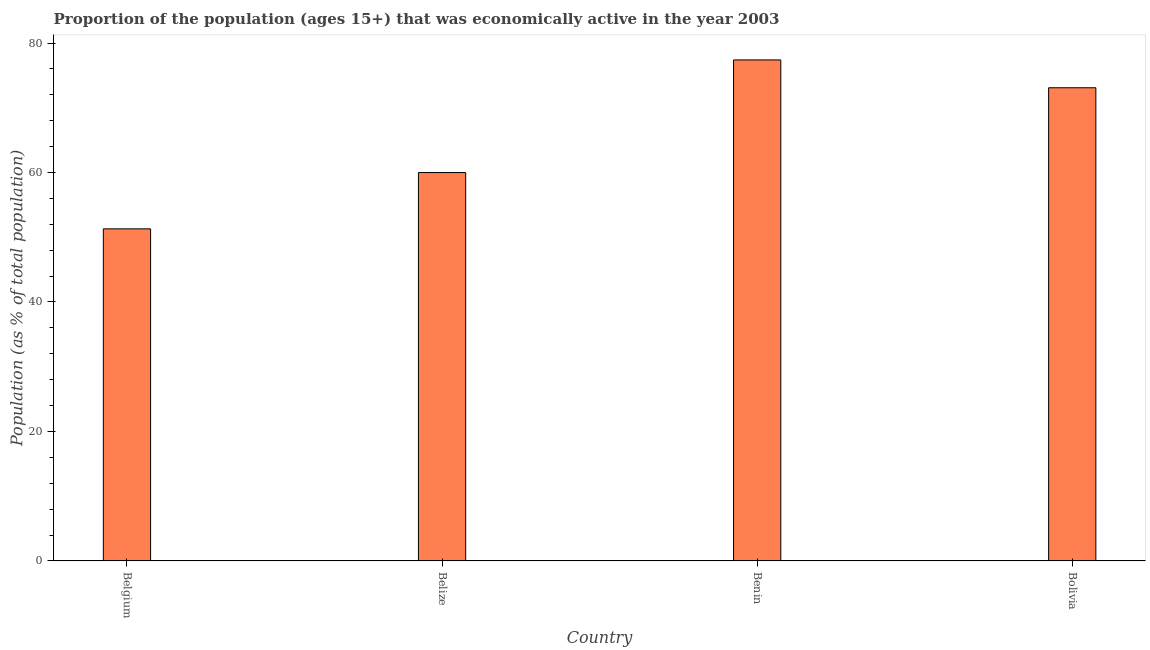
| Country | Labor force participation rate total |
 | --- | --- |
 | Belgium | 51.3 |
 | Belize | 60 |
 | Benin | 77.4 |
 | Bolivia | 73.1 |